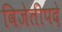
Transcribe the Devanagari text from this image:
विजेतीपदे